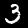
Label: 3